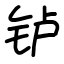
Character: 𬬻